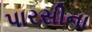
પારસીના